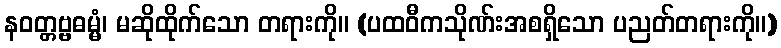
နဝတ္တဗ္ဗဓမ္မံ၊ မဆိုထိုက်သော တရားကို။ (ပထဝီကသိုဏ်းအစရှိသော ပညတ်တရားကို။)